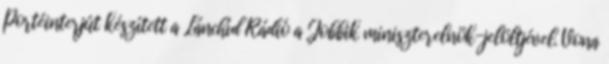
Portéinterjút készített a Lánchíd Rádió a Jobbik miniszterelnök-jelöltjével. Vona